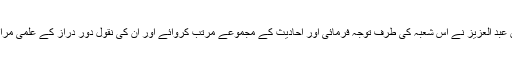
حضرت عمر بن عبد العزیز نے اس شعبہ کی طرف توجہ فرمائی اور احادیث کے مجموعے مرتب کروائے اور ان کی نقول دور دراز کے علمی مراکز کو بھجوائیں۔